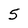
Character: 5